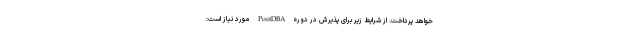
خواهد پرداخت. از شرایط زیر برای پذیرش در دوره PostDBA مورد نیاز است: